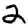
Digit: 2